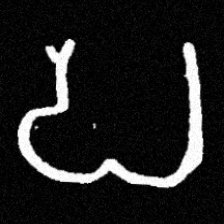
Pyu character \u2014 Myanmar letter: ပ (romanized: pa)